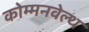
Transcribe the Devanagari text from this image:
कोम्मनवेल्थ